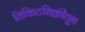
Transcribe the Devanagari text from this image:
तिकिटविक्रीतून